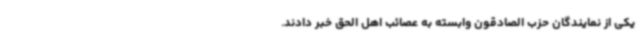
یکی از نمایندگان حزب الصادقون وابسته به عصائب اهل الحق خبر دادند.